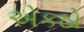
એકઠો